Civil Veterinary Dept. Bombay admin report 1907-1913 - 1907-1913
Year: 1907
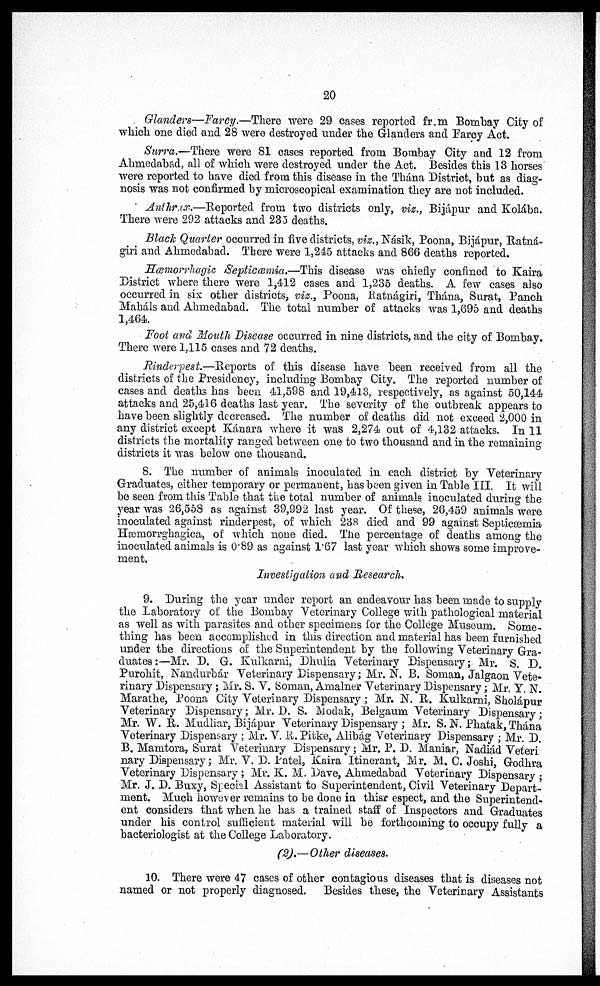
20
Glanders—Farcy.—There were 29 cases reported from Bombay City of
which one died and 28 were destroyed under the Glanders and Farcy Act.
Surra.—There were 81 cases reported from Bombay City and 12 from
Ahmedabad, all of which were destroyed tinder the Act. Besides this 13 horses
were reported to have died from this disease in the Thána District, but as diag-
nosis was not confirmed by microscopical examination they are not included.
Anthrax.—Reported from two districts only, viz., Bijápur and Kolába.
There were 292 attacks and 233 deaths.
Black Quarter occurred in five districts, viz., Násik, Poona, Bijápur, Ratná-
giri and Ahmedabad. There were 1,245 attacks and 866 deaths reported.
Hœmorrhagic Septicæmia.—This disease was chiefly confined to Kaira
District where there were 1,412 cases and 1,235 deaths. A few cases also
occurred in six other districts, viz., Poona, Ratnágiri, Thána, Surat, Panch
Maháls and Ahmedabad. The total number of attacks was 1,695 and deaths
1,464.
Foot and Mouth Disease occurred in nine districts, and the city of Bombay.
There were 1,115 cases and 72 deaths.
Rinderpest—Reports of this disease have been received from all the
districts of the Presidency, including Bombay City. The reported number of
cases and deaths has been 41,598 and 19,413, respectively, as against 50,144
attacks and 25,416 deaths last year. The severity of the outbreak appears to
have been slightly decreased. The number of deaths did not exceed 2,000 in
any district except Kánara where it was 2,274 out of 4,132 attacks. In 11
districts the mortality ranged between one to two thousand and in the remaining
districts it was below one thousand.
8. The number of animals inoculated in each district by Veterinary
Graduates, either temporary or permanent, has been given in Table III. It will
be seen from this Table that the total number of animals inoculated during the
year was 26,558 as against 39,992 last year. Of these, 26,459 animals were
inoculated against rinderpest, of which 238 died and 99 against Septicæmia
Hæmorrghagica, of which none died. The percentage of deaths among the
inoculated animals is 0'89 as against 1.67 last year which shows some improve-
ment.
Investigation and Research.
9. During the year under report an endeavour has been made to supply
the Laboratory of the Bombay Veterinary College with pathological material
as well as with parasites and other specimens for the College Museum. Some-
thing has been accomplished in this direction and material has been furnished
under the directions of the Superintendent by the following Veterinary Gra-
duates:—Mr. D. G. Kulkarni, Dhulia Veterinary Dispensary; Mr. S. D.
Purohit, Nandurbár Veterinary Dispensary; Mr. N. B. Soman, Jalgaon Vete-
rinary Dispensary; Mr. S. V. Soman, Amalner Veterinary Dispensary; Mr. Y. N.
Marathe, Poona City Veterinary Dispensary; Mr. N. R. Kulkarni, Sholápur
Veterinary Dispensary; Mr. D. S. Modak, Belgaum Veterinary Dispensary;
Mr. W. R. Mudhar, Bijápur Veterinary Dispensary; Mr. S. N. Phatak, Thána
Veterinary Dispensary; Mr. V. R. Pitke, Alibág Veterinary Dispensary; Mr. D.
B. Mamtora, Surat Veterinary Dispensary; Mr. P. D. Maniar, Nadiád Veteri
nary Dispensary; Mr. V. D. Patel, Kaira Itinerant, Mr. M. C. Joshi, Godhra
Veterinary Dispensary; Mr. K. M. Dave, Ahmedabad Veterinary Dispensary;
Mr. J. D. Buxy, Special Assistant to Superintendent, Civil Veterinary Depart-
ment. Much however remains to be done in thisr espect, and the Superintend-
ent considers that when he has a trained staff of Inspectors and Graduates
under his control sufficient material will be forthcoming to occupy fully a
bacteriologist at the College Laboratory.
(2).—Other diseases.
10. There were 47 cases of other contagious diseases that is diseases not
named or not properly diagnosed. Besides these, the Veterinary Assistants